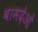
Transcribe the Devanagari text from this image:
बामदेओ